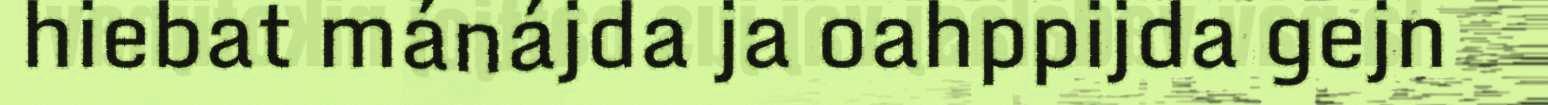
hiebat mánájda ja oahppijda gejn